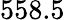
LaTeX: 558.5